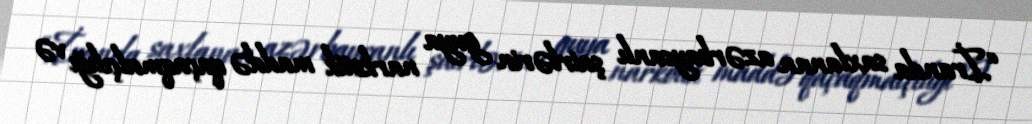
“İranda saxlanan azərbaycanlı şairlərin guya narkotik maddə qaçaqmalçılığı və